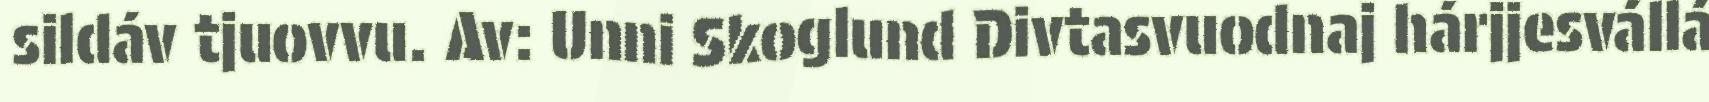
sildáv tjuovvu. Av: Unni Skoglund Divtasvuodnaj hárjjesvállá